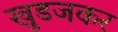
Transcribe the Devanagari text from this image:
खुडजकर